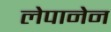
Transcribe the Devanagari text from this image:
लेपानेन